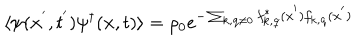
LaTeX: \langle \psi ( { \bf { x } } ^ { ' } , t ^ { ' } ) \psi ^ { \dagger } ( { \bf { x } } , t ) \rangle = \rho _ { 0 } e ^ { - \sum _ { { \bf { k } } , { \bf { q } } \neq 0 } f _ { { \bf { k } } , { \bf { q } } } ^ { * } ( { \bf { x } } ^ { ' } ) f _ { { \bf { k } } , { \bf { q } } } ( { \bf { x } } ^ { ' } ) }